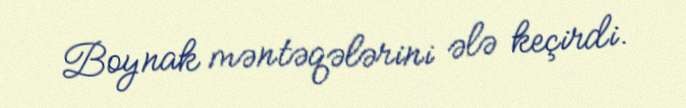
Boynak məntəqələrini ələ keçirdi.